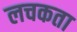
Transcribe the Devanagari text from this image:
लचकता